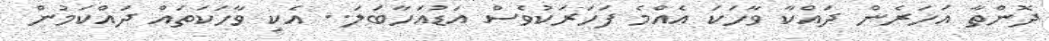
ދޮންތާ އަހަރެން ދައްކާ ވާހަކަ އެއްމެ ފަހަރަކުވެސް އަޑުއަހާބަލަ.. އެކި ވާހަކަތައް ދައްކަމުން